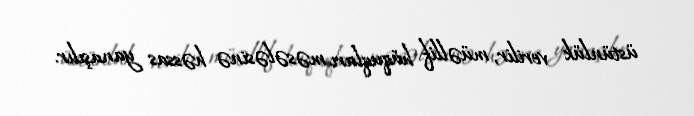
üstünlük verilir, müəllif hüquqları məsələsinə həssas yanaşılır.